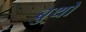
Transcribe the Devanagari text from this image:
बुथो